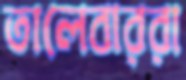
তালেবাররা